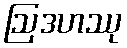
ဩဒဟဿု